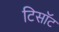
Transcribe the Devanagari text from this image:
टिसॉट